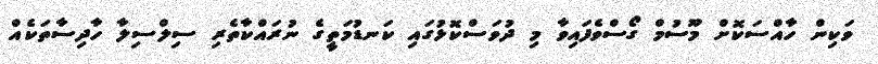
ވަކިން ހާއްސަކޮށް މޫސުމް ގޯސްވެފައިވާ މި ދުވަސްކޮޅުގައި ކަނޑުމަތީގެ ނުރައްކާތެރި ސިލްސިލާ ހާދިސާތަކެއް